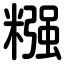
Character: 糨